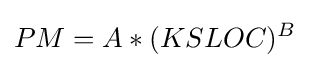
PM=A*(KSLOC)^{B}